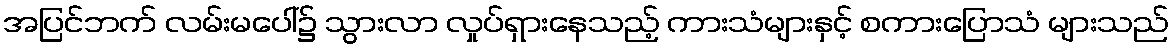
အပြင်ဘက် လမ်းမပေါ်၌ သွားလာ လှုပ်ရှားနေသည့် ကားသံများနှင့် စကားပြောသံ များသည်